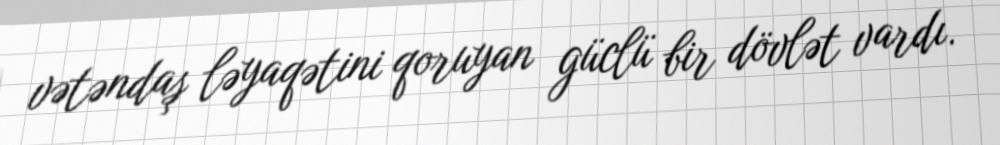
vətəndaş ləyaqətini qoruyan güclü bir dövlət vardı.